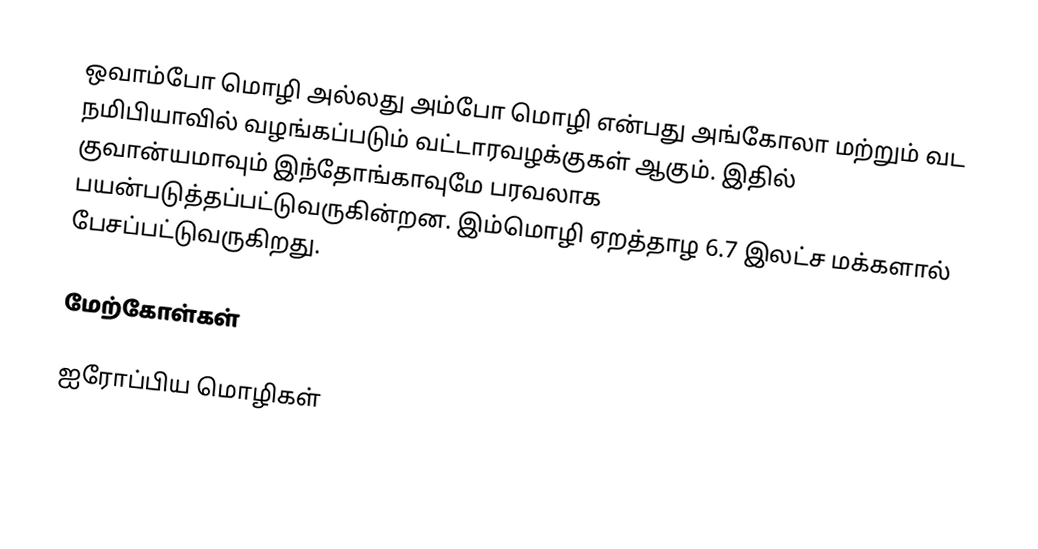
ஒவாம்போ மொழி அல்லது அம்போ மொழி என்பது அங்கோலா மற்றும் வட நமிபியாவில் வழங்கப்படும் வட்டாரவழக்குகள் ஆகும். இதில் குவான்யமாவும் இந்தோங்காவுமே பரவலாக பயன்படுத்தப்பட்டுவருகின்றன. இம்மொழி ஏறத்தாழ 6.7 இலட்ச மக்களால் பேசப்பட்டுவருகிறது.

மேற்கோள்கள்

ஐரோப்பிய மொழிகள்